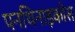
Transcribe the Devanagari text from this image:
पनथिनाइकोस